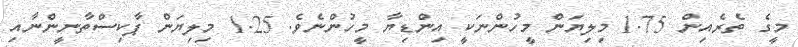
މީގެ ތެރެއިން 1.75 މިލިޔަން މީހުންނަކީ އިންޑިޔާ މީހުންނެވެ. 1.25 މިލިޔަން ޕާކިސްތާނީންނާއި